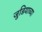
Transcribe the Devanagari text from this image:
जुडियाच्या